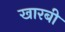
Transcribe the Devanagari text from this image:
खारबी